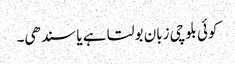
کوئی بلوچی زبان بولتا ہے یا سندھی۔